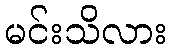
မင်းသိလား